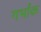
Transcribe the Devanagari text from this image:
गर्भांक